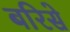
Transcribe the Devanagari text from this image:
बरिसे